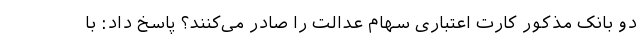
دو بانک مذکور کارت اعتباری سهام عدالت را صادر می‌کنند؟ پاسخ داد: با